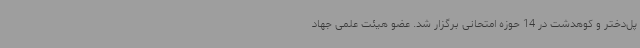
پل‌دختر و کوهدشت در 14 حوزه امتحانی برگزار شد. عضو هیئت علمی جهاد